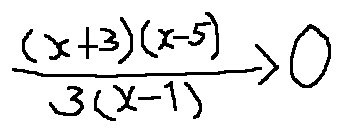
\frac { ( x + 3 ) ( x - 5 ) } { 3 ( x - 1 ) } > 0